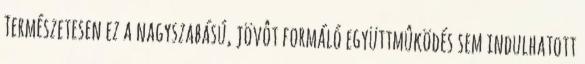
Természetesen ez a nagyszabású, jövôt formáló együttmûködés sem indulhatott